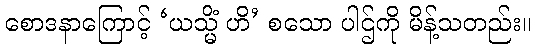
စောဒနာကြောင့် ‘ယသ္မိံ ဟိ’ စသော ပါဌ်ကို မိန့်သတည်း။